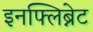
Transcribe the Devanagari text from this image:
इनफ्लिब्नेट